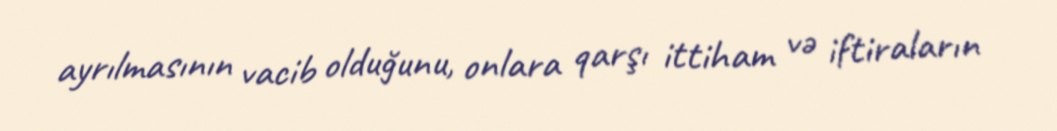
ayrılmasının vacib olduğunu, onlara qarşı ittiham və iftiraların